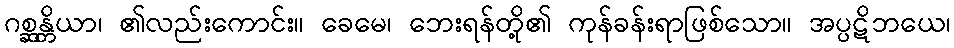
ဂစ္ဆန္တိယာ၊ ၏လည်းကောင်း။ ခေမေ၊ ဘေးရန်တို့၏ ကုန်ခန်းရာဖြစ်သော။ အပ္ပဋိဘယေ၊